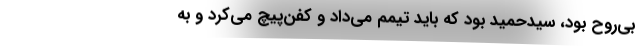
بي‌روح بود، سيدحميد بود كه بايد تيمم مي‌داد و كفن‌پيچ مي‌كرد و به